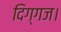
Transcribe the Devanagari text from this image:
दिग्गज।